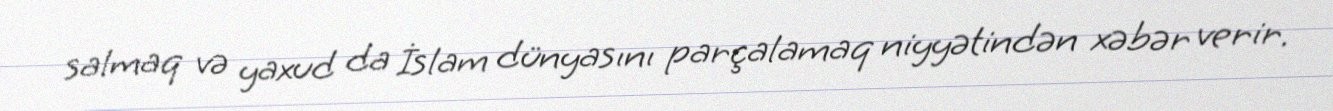
salmaq və yaxud da İslam dünyasını parçalamaq niyyətindən xəbər verir.